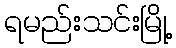
ရမည်းသင်းမြို့